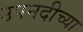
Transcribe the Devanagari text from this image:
उपनदीच्या